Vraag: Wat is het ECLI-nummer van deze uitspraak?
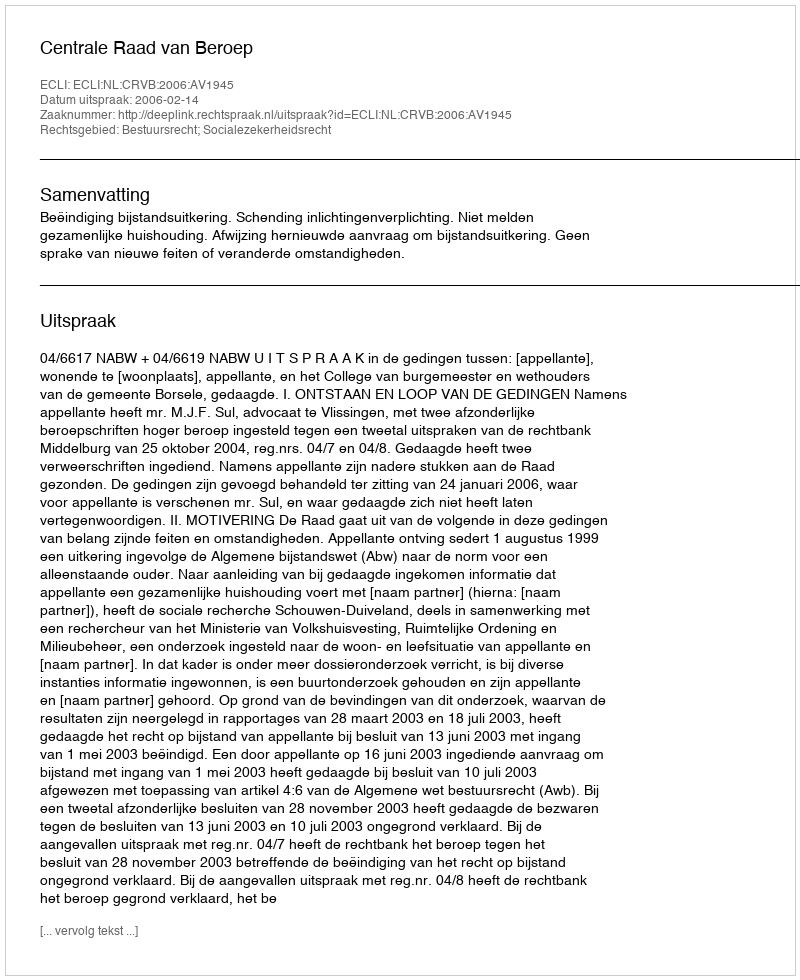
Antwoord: ECLI:NL:CRVB:2006:AV1945